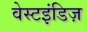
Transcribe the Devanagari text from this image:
वेस्टइंडिज़